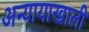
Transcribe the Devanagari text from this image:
अन्यायाखाली